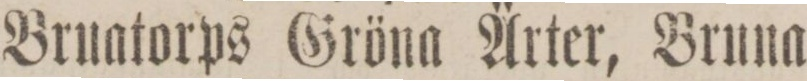
Bruatorps Gröna Ärter, Bruna